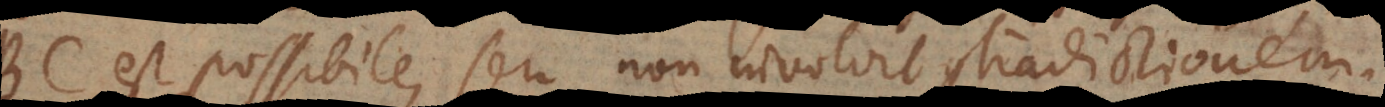
BC est possibile, seu non involvit contradictionem.